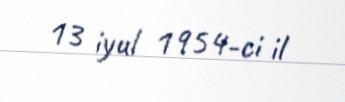
13 iyul 1954-ci il